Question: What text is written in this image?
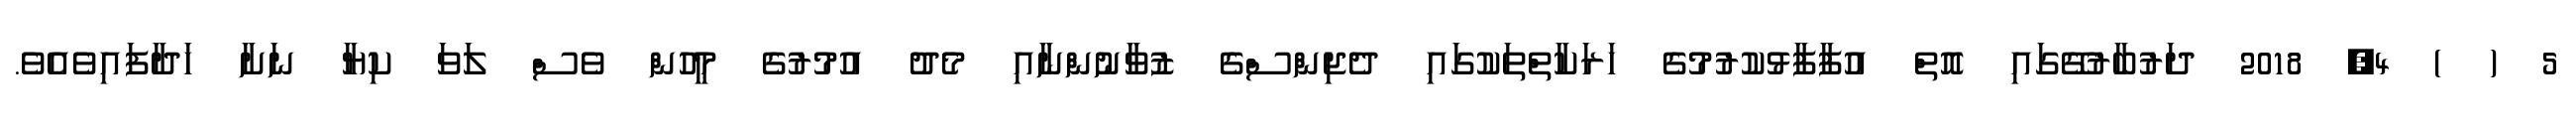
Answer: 5 ( ) 4, 2018 ދަރުބާރުގޭގައި އޮތް އުފާފާޅުކުރުމުގެ ހަރަކާތްތަކުގައި ދެޖިންސްގެ ޒުވާނުންނާއި މެދު އުމުރުގެ މީހުން ވެސް ލަވަ ކިޔާ ނަށާ ހަދާފައިވެއެވެ.